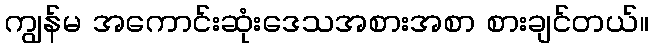
ကျွန်မ အကောင်းဆုံးဒေသအစားအစာ စားချင်တယ်။